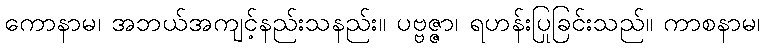
ကောနာမ၊ အဘယ်အကျင့်နည်းသနည်း။ ပဗ္ဗဇ္ဇာ၊ ရဟန်းပြုခြင်းသည်။ ကာစနာမ၊